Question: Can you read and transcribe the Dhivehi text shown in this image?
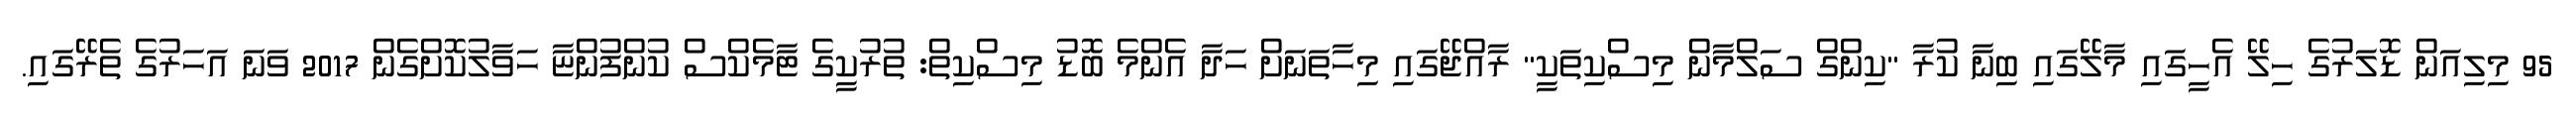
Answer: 95 މިލިއަން ޑޮލަރުގެ ހިލޭ އެހީގައި މާލޭގައި ބިނާ ކުރާ "ކިންގް ސަލްމާން މިސްކިތަކީ" ރާއްޖޭގައި މިހާތަނަށް ހަދާ އެންމެ ބޮޑު މިސްކިތް: ތުރުކީގެ ޓާމެކްސް ކުންފުންޏާ ހަވާލުކޮށްގެން 2017 ވަނަ އަހަރުގެ ތެރޭގައި.